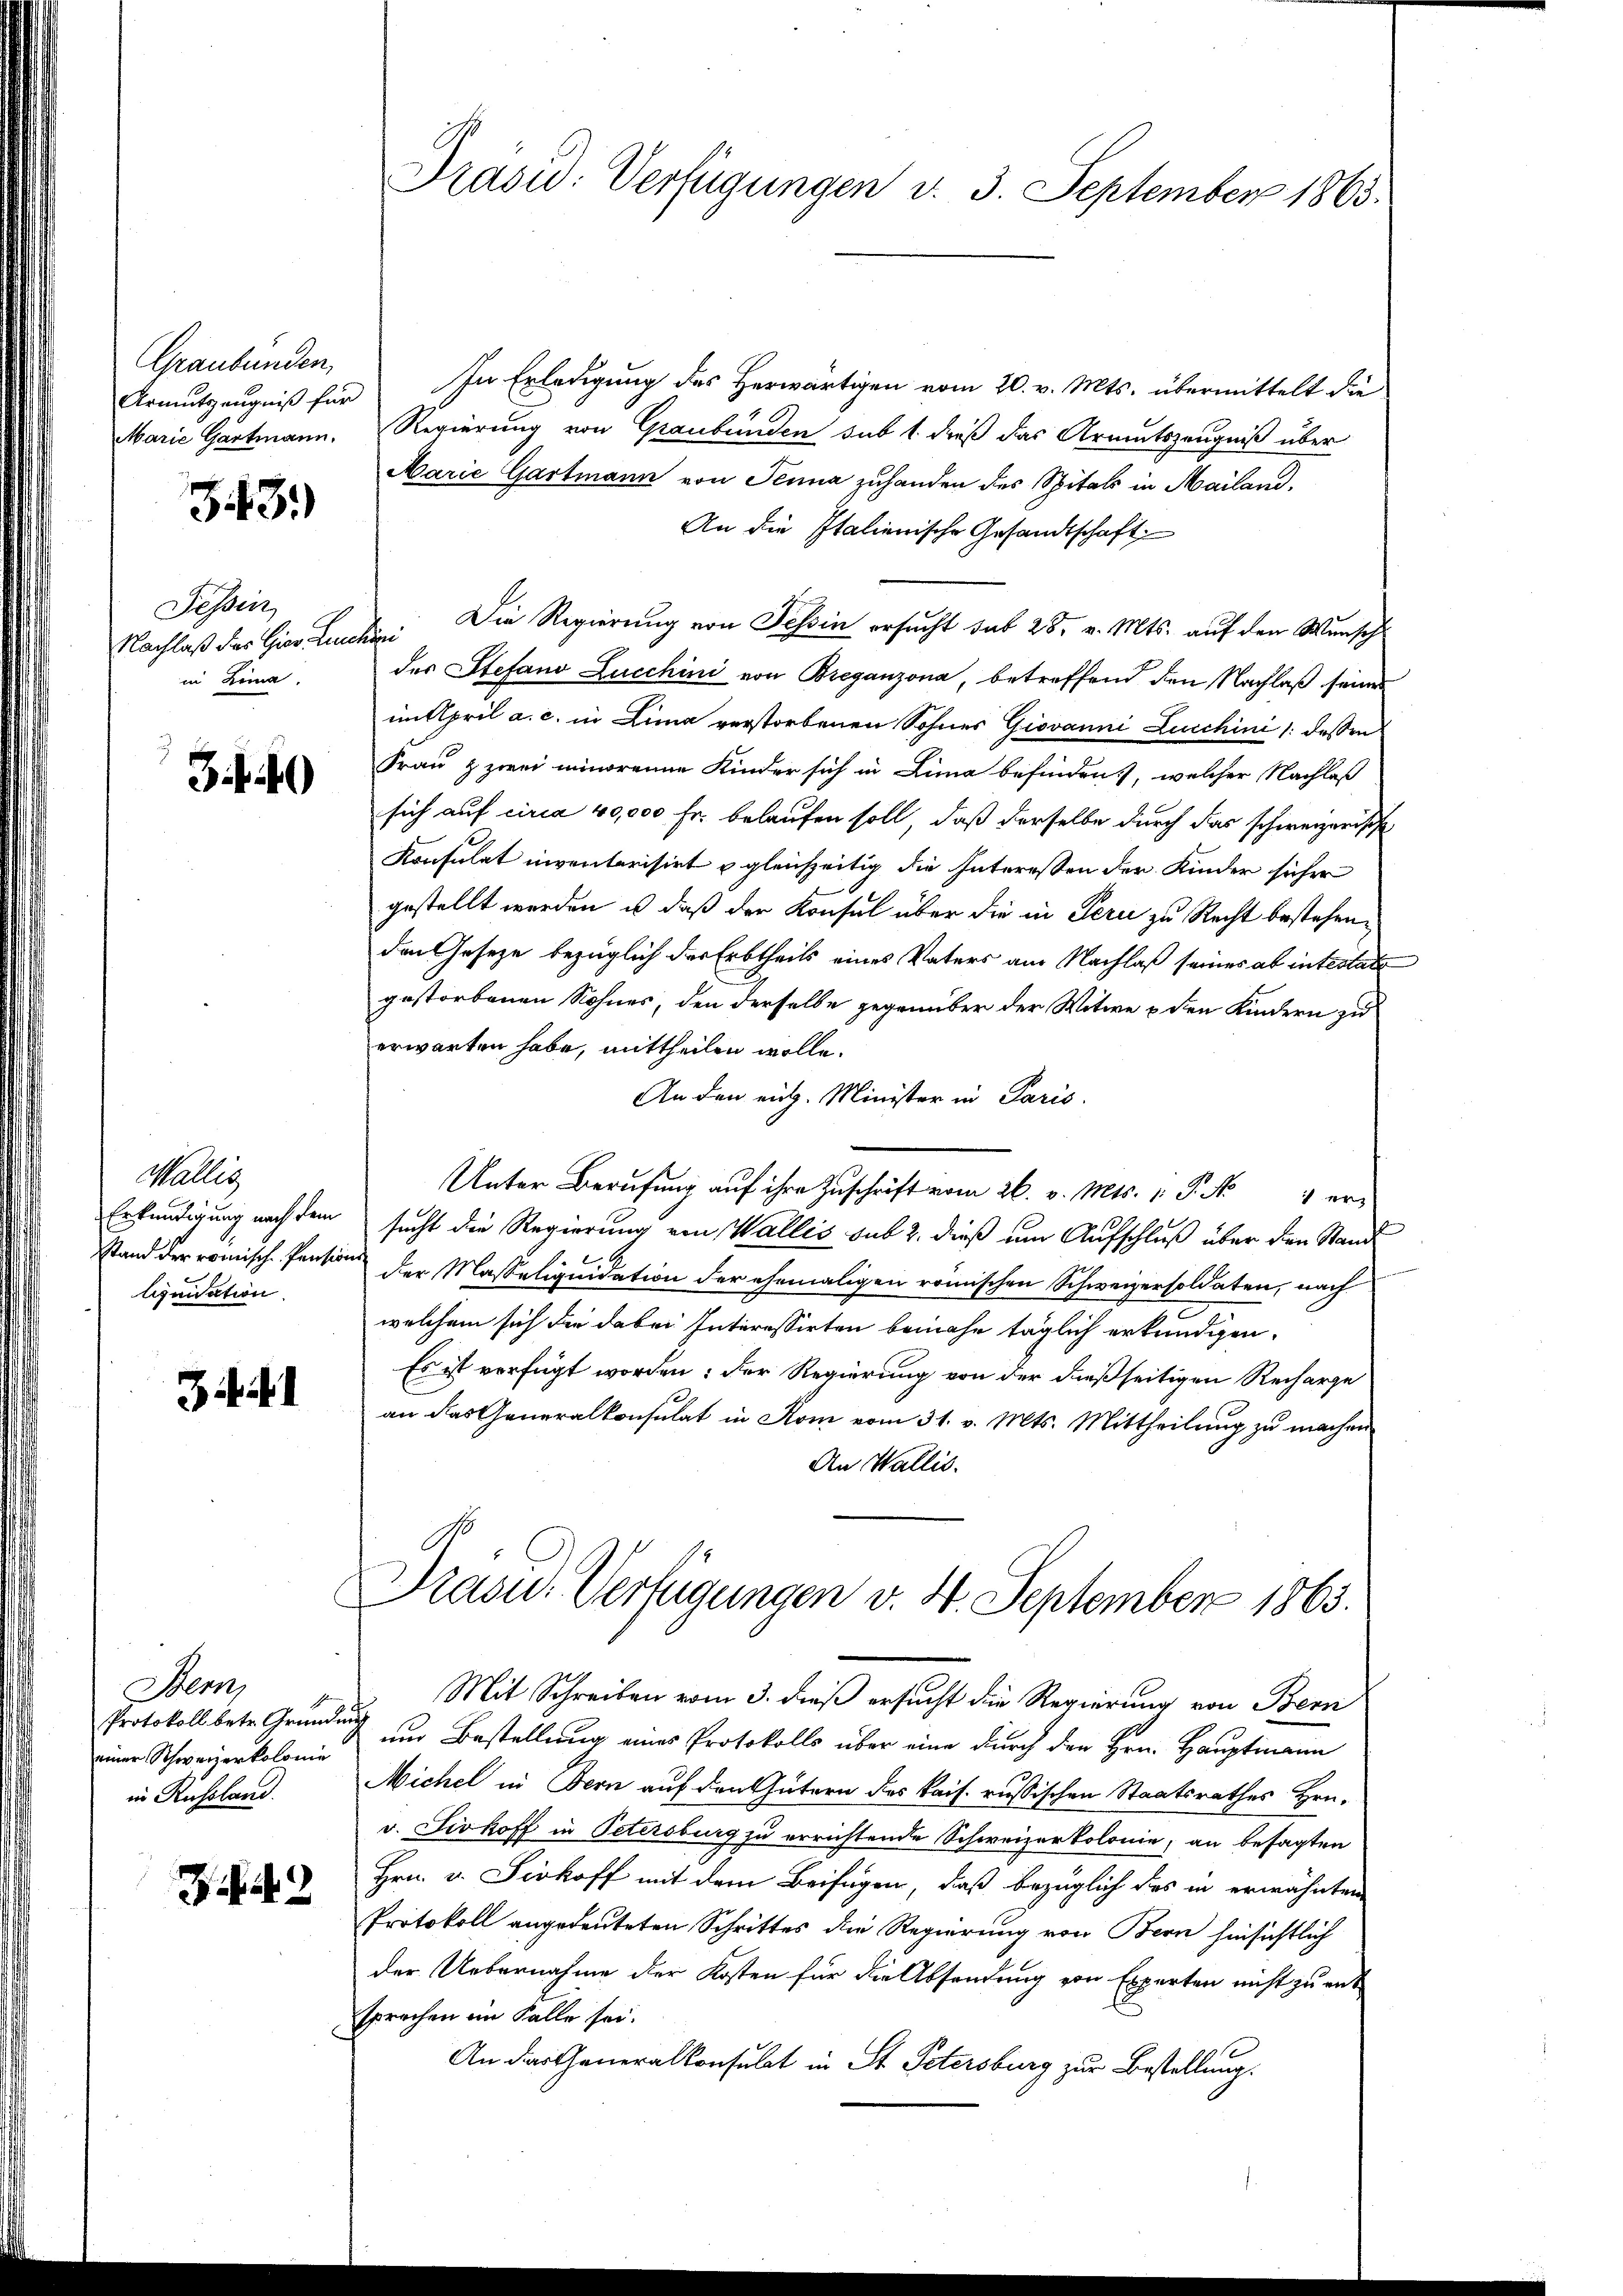
Graubünden,

343)

Tessin,
in Lina.

Malley
liquidation.

341

Stern
Protokoll betr. Gründung
einer Schweizerkolonie
in Russland.

342

Armutzeugniß für In Erledigung des Herwärtigen vom 20. v. Mts. übermittelt die
Marie Gartmann. Regierung von Graubünden sub 1 dieß das Armutszeugniß über
Marie Gartmann von Jenna zuhanden des Spitals in Mailand,
An die Italienische Gesandtschaft
Nachlaß das Gier Lucken: Die Regierung von Tessin ersucht sub 28. v. Mts. auf den Wunsch
des Stefand Lucchini von Breganzona, betreffend den Nachlaß seines
intpril a. c. in Lina verstorbenen Sohnes Giovanni Luichini /: dessen
Frau & zwei minorenne Kinder sich in Lina befinden, welcher Nachlaß
sich auf circa 40,000 Fr. belaufen soll, daß derselbe durch das schweizerische
Konsulat inventarisirt u gleichzeitig die Interessen der Kinder sicher
gestellt werden, u. daß der Konsul über die in Peri zu Recht bestehen,
den Gesetze bezüglich der Erbtheils eines Vaters am Nachlaß seines ab intestate
gestorbenen Sohnes, den derselbe gegenüber der Witwe & den Kindern zu
erwarten habe, mittheilen wolle.
An den eit. Minister in Paris
Unter Berŭfŭng aŭf ihre Zŭschrift vom 26. v. Mts. 1. P. No 1 er-
Erkundigung nach dem sucht die Regierung von Wallis sub 2. dieß um Aufschluß über den Stand
stand der römische Pension der Masseliquidation der ehemaligen römischen Schweizersoldaten, nach
welchem sich die dabei Interessirten beinahe täglich erkundigen.
Es ist verfügt worden: der Regierung von der dießseitigen Recharge
an das Generalkonsulat in Rom vom 31. v. Mts. Mittheilung zu machen
An Wallis.
Präsid.. Verfügungen v. 4. September 1863.
Mit Schreiben vom 3. dieß ersucht die Regierung von Bern
und Bestellung eines Protokolls über eine durch den Hrn. Hauptmann
Michel in Bern auf den Gütern des kais. russischen Staatsrathes Hrn.
v. Sivkoff in Petersburg zu errichtende Schweizerkolonie, an besagten
Hrn. v. Scrkoff mit dem Beifügen, daß bezüglich des in erwähnten
Protokoll angedeuteten Schrittes die Regierung von Bern hinsichtlich
der Uebernahme der Kosten für die Absendung von Experten nicht zu ent
sprechen im Falle sei.
An das Generalkonsulat in St. Petersburg zur Bestellung.

Präsid. Verfügungen d. 3. September 1863.